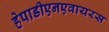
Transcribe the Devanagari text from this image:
हेपाडीएनएवायरस